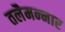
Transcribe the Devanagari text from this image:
तलैमन्‍नार